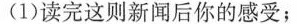
(1)读完这则新闻后你的感受;